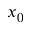
x _ { 0 }